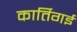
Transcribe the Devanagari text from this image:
कार्तिगई